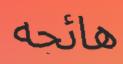
ھائجه